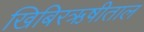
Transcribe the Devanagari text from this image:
खिबिरऋषीताल